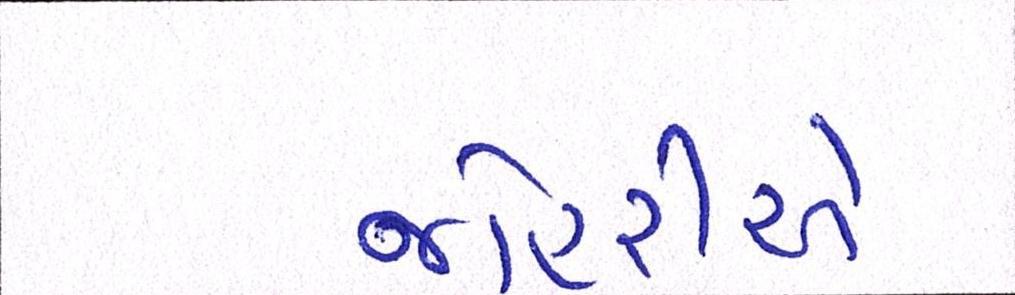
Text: જોહરીએ